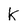
Character: k